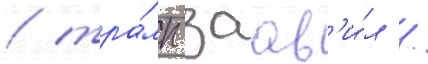
/ тра́мп заав'и́л /